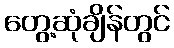
တွေ့ဆုံချိန်တွင်